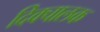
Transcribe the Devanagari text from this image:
दिक्चालक